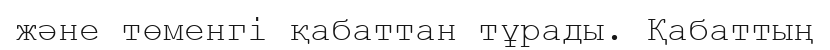
және төменгі қабаттан тұрады. Қабаттың